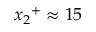
{ x _ { 2 } } ^ { + } \approx 1 5